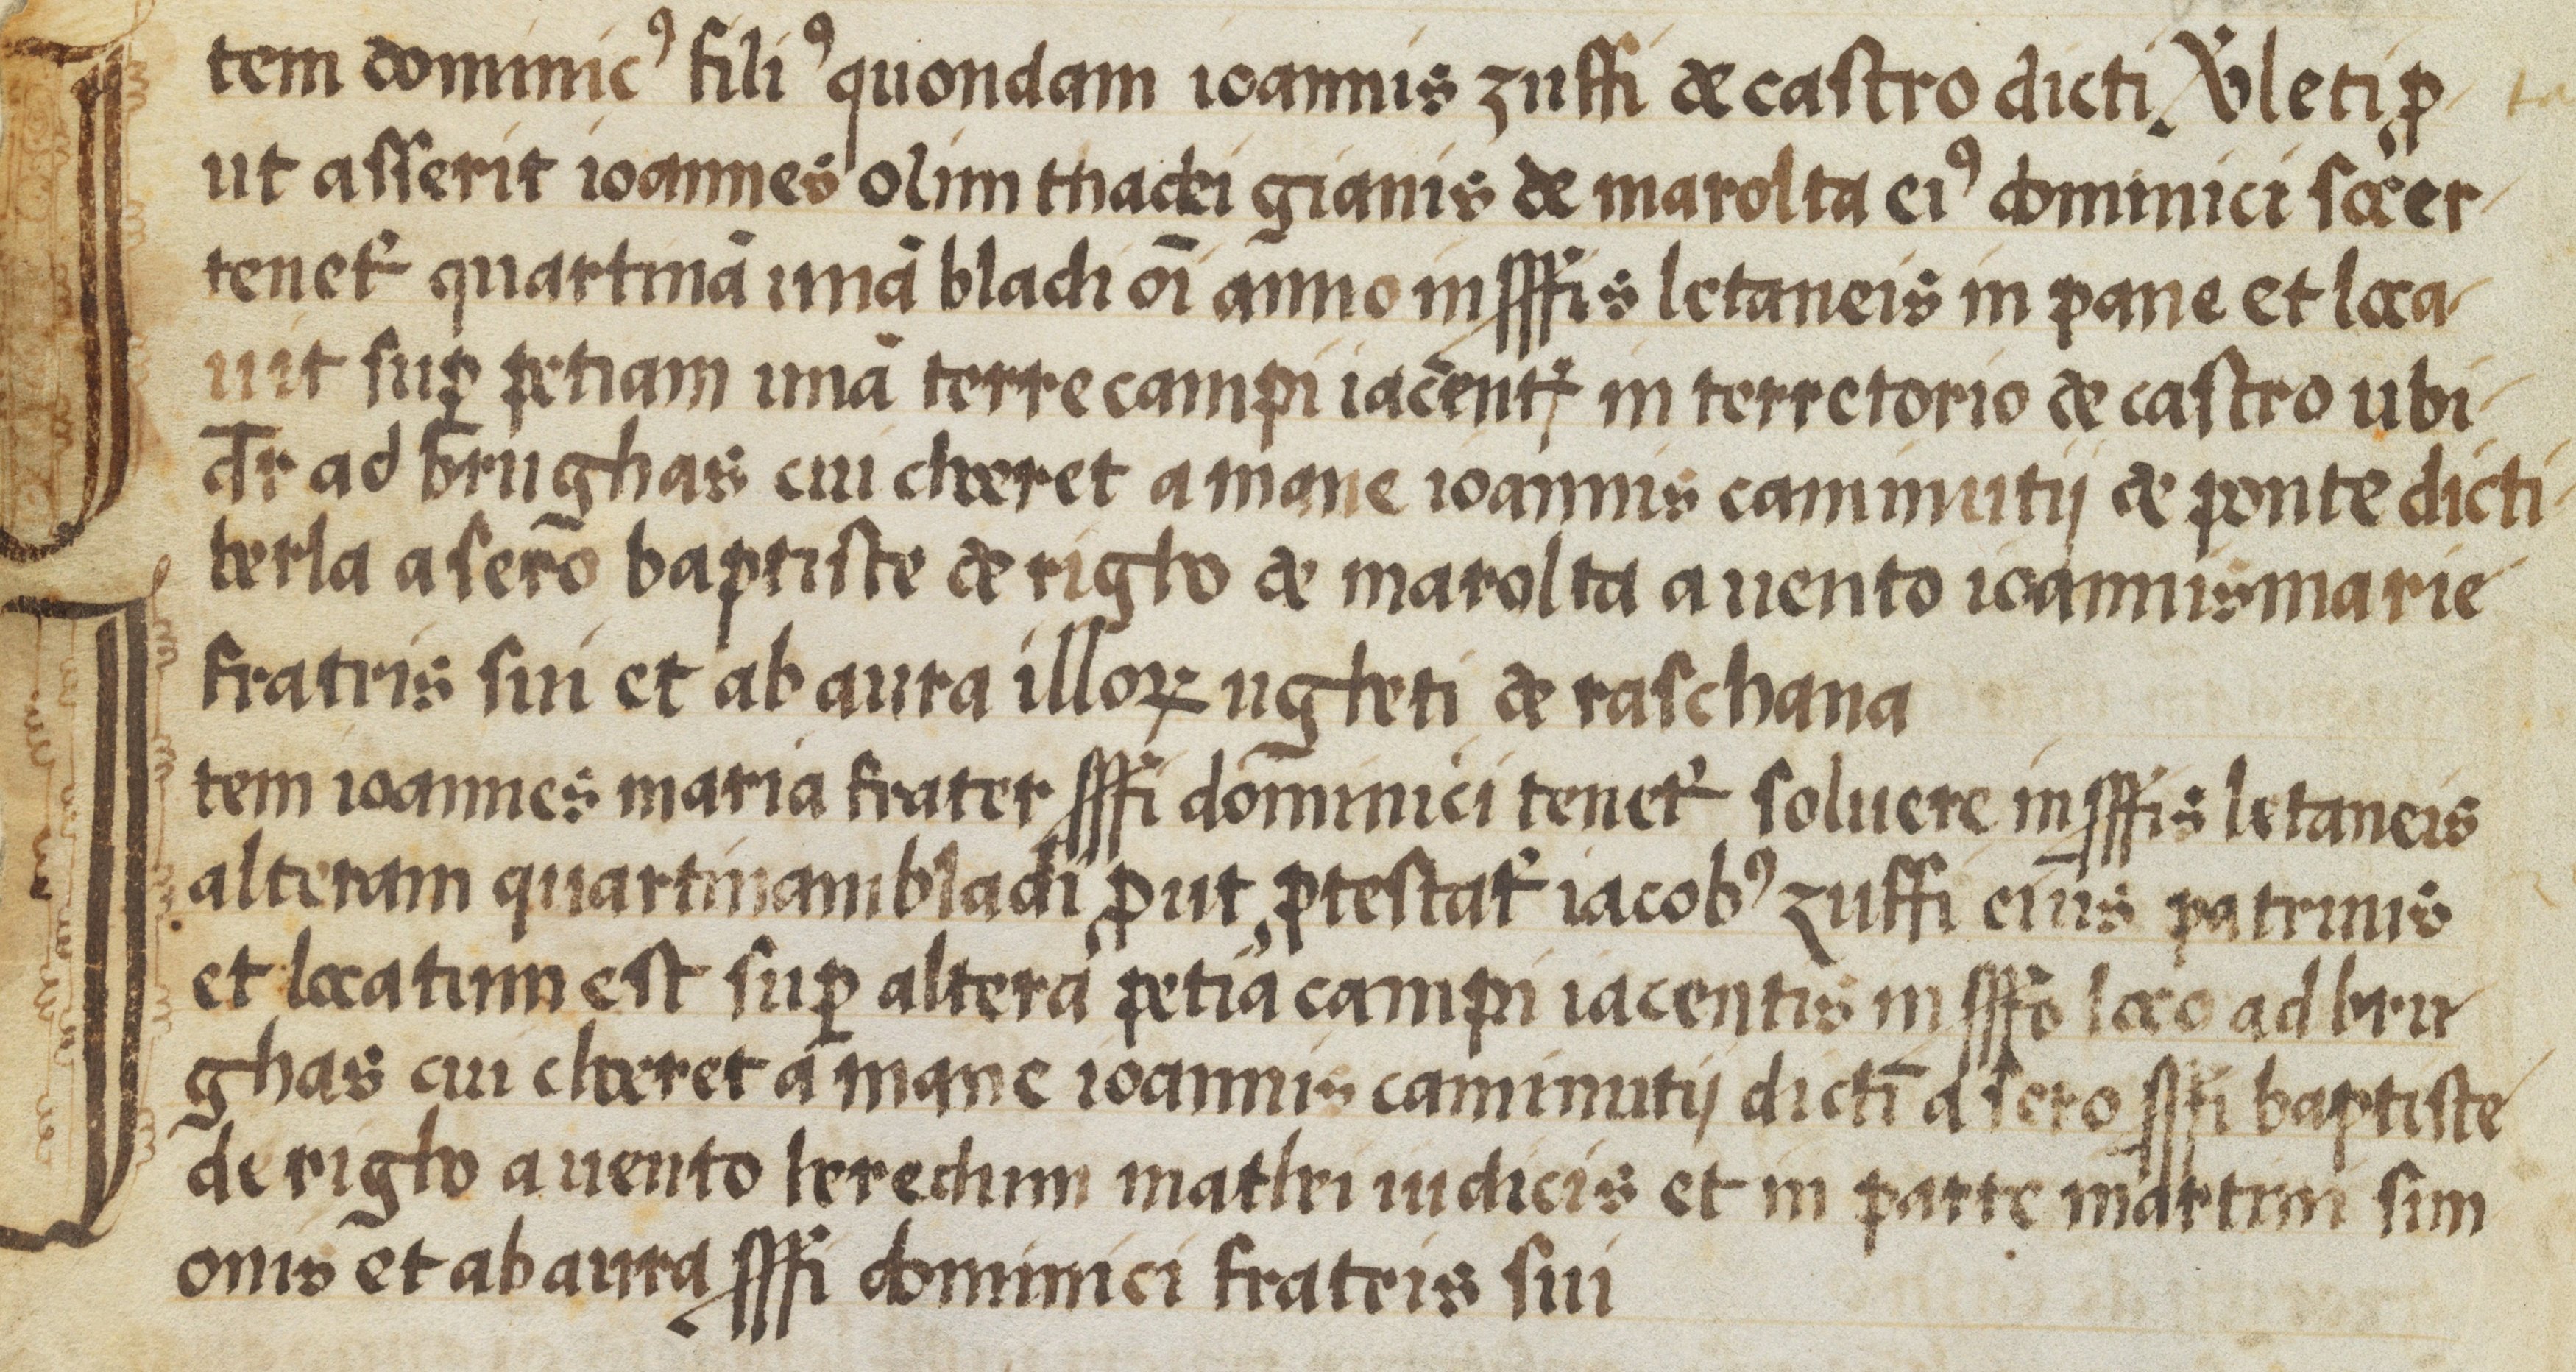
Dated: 1554–1554